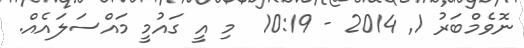
ނޮވެމްބަރު 1